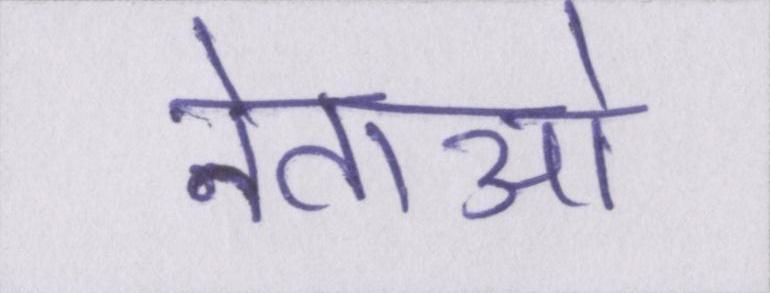
नेताओ